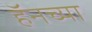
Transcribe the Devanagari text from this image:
हॅनच्या